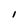
Character: i